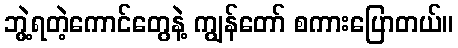
ဘွဲ့ရတဲ့ကောင်တွေနဲ့ ကျွန်တော် စကားပြောတယ်။